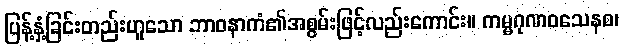
ပြန့်နှံ့ခြင်းတည်းဟူသော ဘာဝနာကံ၏အစွမ်းဖြင့်လည်းကောင်း။ ကမ္မဂုဏဝသေနစ၊